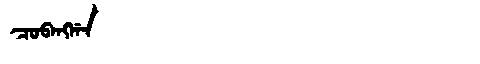
Manchu: ᠴᠣᠪᠠᠩᡤᠠ
Romanization: COBANGGA